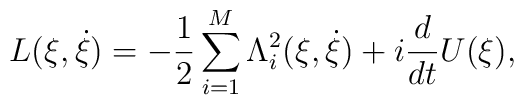
L(\xi,\dot{\xi})=-\frac{1}{2}\sum_{i=1}^{M}\Lambda_i^2(\xi,\dot{\xi})+  i\frac{d}{dt}U(\xi),